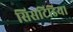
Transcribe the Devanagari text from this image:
सिसटिडिया